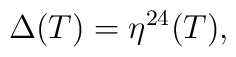
\Delta(T) = \eta^{24}(T),